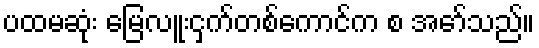
ပထမဆုံး မြေလူးငှက်တစ်ကောင်က စ အော်သည်။